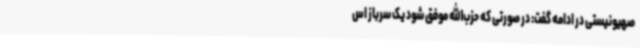
صهیونیستی در ادامه گفت: در صورتی که حزب‌الله موفق شود یک سرباز اس